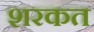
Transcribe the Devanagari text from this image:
शरकत